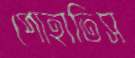
পোহাতিস